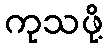
ကုသဖို့